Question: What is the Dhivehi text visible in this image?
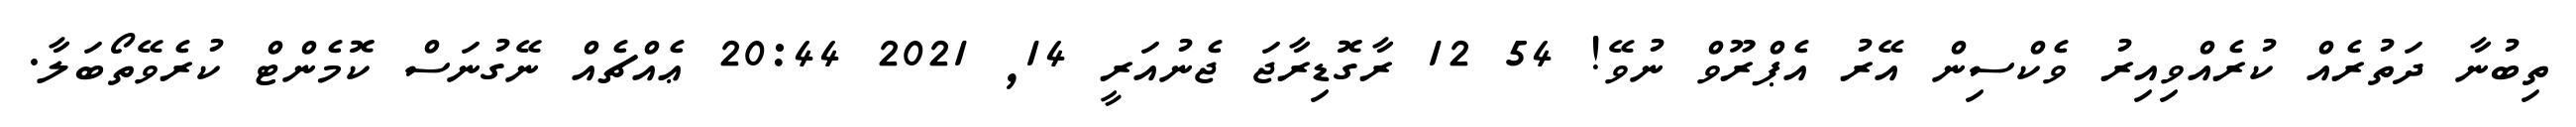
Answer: ތިބުނާ ދަތުރެއް ކުރެއްވިއިރު ވެކްސިން އޭރު އެޕްރޫވް ނުވޭ! 54 12 ރާގޮޑިރާޖަ ޖެނުއަރީ 14, 2021 20:44 ޢެއްޗެއް ނޭގުނަސް ކޮމެންޓް ކުރެވޭތޯބަލާ.